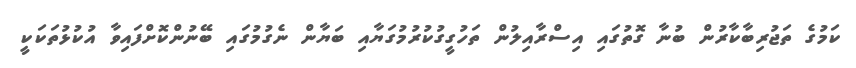
ކަމުގެ ތަޖުރިބާކާރުން ބުނާ ގޮތުގައި އިސްރާއިލުން ތަހުގީގުކުރުމުގަޔާއި ބަޔާން ނެގުމުގައި ބޭނުންކޮށްފައިވާ އުކުޅުތަކަކީ